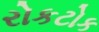
રોકટોક